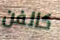
كالفن